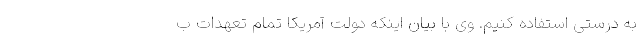
به درستی استفاده کنیم. وی با بیان اینکه دولت آمریکا تمام تعهدات ب